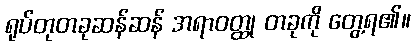
ရုပ်တုတခုဆန်ဆန် အရာဝတ္ထု တခုကို တွေ့ရ၏။